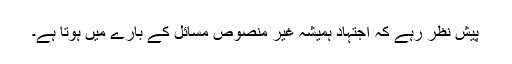
پیش نظر رہے کہ اجتہاد ہمیشہ غیر منصوص مسائل کے بارے میں ہوتا ہے۔